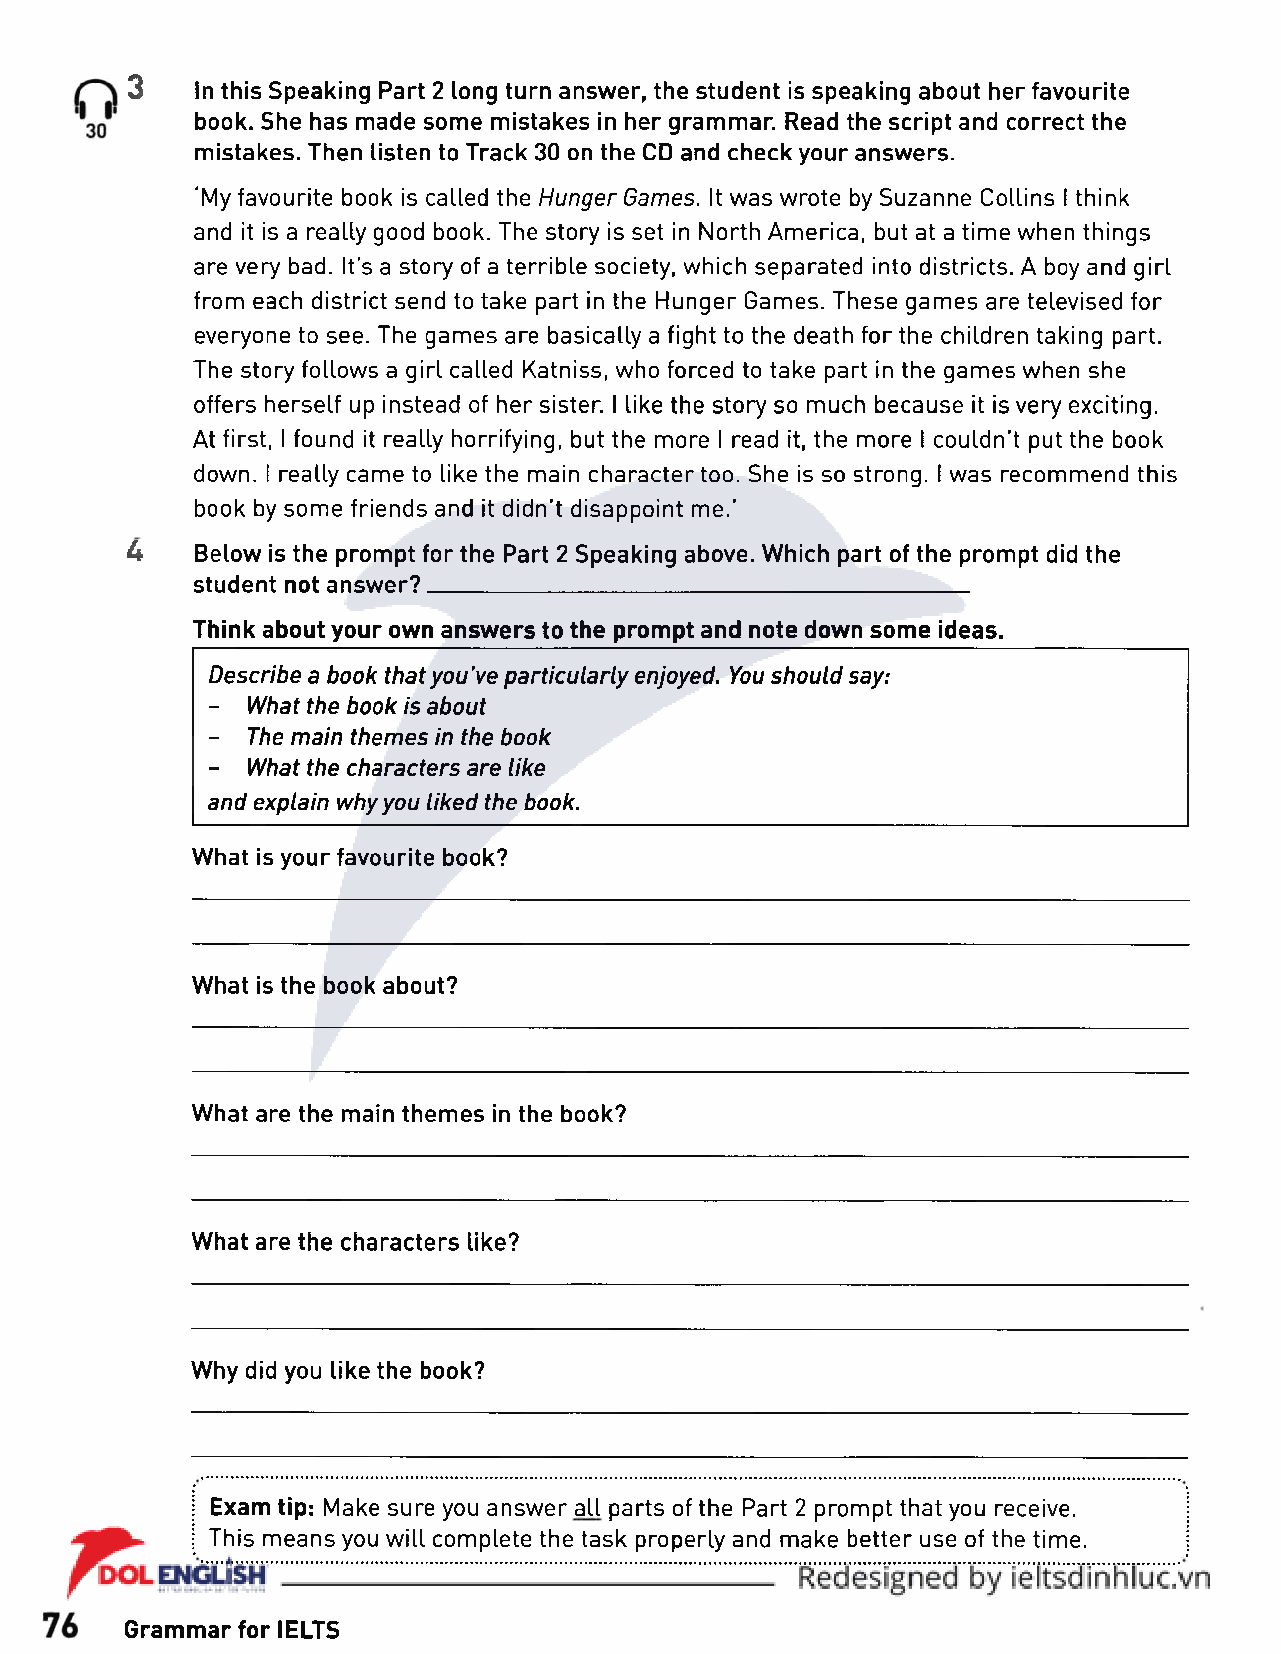
3
 In this Speaking Part 2 long turn answer, the student is speaking about her favourite
 book. She has made some mistakes in her grammar. Read the script and correct the
 mistakes. Then listen to Track 30 on the CD and check your answers.
 ‘My favourite book is called the Hunger Games. It was wrote by Suzanne Collins I think
 and it is a really good book. The story is set in North America, but at a time when things
 are very bad. It’s a story of a terrible society, which separated into districts. A boy and girl
 from each district send to take part in the Hunger Games. These games are televised for
 everyone to see. The games are basically a fight to the death for the children taking part.
 The story follows a girl called Katniss, who forced to take part in the games when she
 offers herself up instead of her sister. I like the story so much because it is very exciting.
 At first, I found it really horrifying, but the more I read it, the more I couldn't put the book
 down. I really came to like the main character too. She is so strong. I was recommend this
 book by some friends and it didn't disappoint me.’
 4    Below is the prompt for the Part 2 Speaking above. Which part of the prompt did the
 student not answer?____________________________________________
 Think about your own answers to the prompt and note down some ideas.
 Describe a book that you’ve particularly enjoyed. You should say:
 - What the book is about
 - The main themes in the book
 - What the characters are like
 and explain why you liked the book.
 What is your favourite book?
 What is the book about?
 What are the main themes in the book?
 What are the characters like?
 Why did you like the book?
 Exam tip: Make sure you answer aU parts of the Part 2 prompt that you receive.
 This means you will complete the task properly and make better use of the time.
 Grammar for IELTS